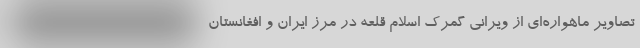
تصاویر ماهواره‌ای از ویرانی‌ گمرک اسلام قلعه در مرز ایران و افغانستان